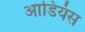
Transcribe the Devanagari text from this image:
आडियंस